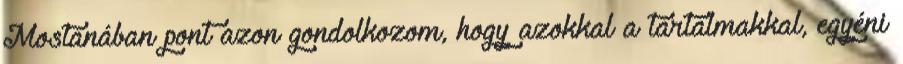
Mostanában pont azon gondolkozom, hogy azokkal a tartalmakkal, egyéni